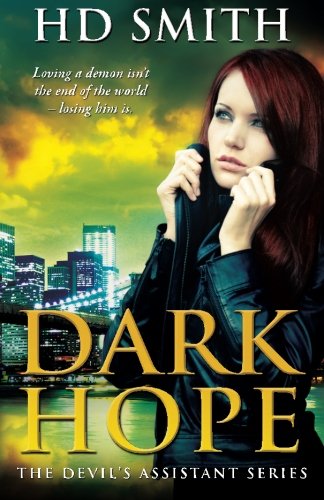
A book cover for Dark Hope (The Devil's Assistant) (Volume 1); H D Smith; Science Fiction & Fantasy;